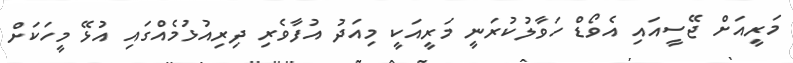
މަރީއަށް ޖޭސީއައި އެވޯޑް ހަވާލުކުރަނީ މަރީއަކީ މިއަދު އުފާވެރި ދިރިއުޅުމެއްގައި އުޅޭ މީހަކަށް